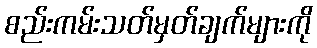
စည်းကမ်းသတ်မှတ်ချက်များကို